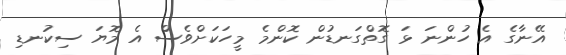
އޭނާގެ އެ ހުންނަ ޅަ ގޮތްގަނޑުން ކޮންމެ މީހަކަށްވެސް އެ މޮޔަ ސިކުނޑި